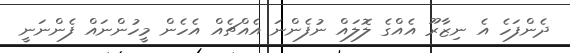
ދެންފަހެ އެ ނިޒާރޫ އެއްގެ ލޮލައް ނުފެންނަ އެއްޗެއް އެހެން މީހުންނައް ފެންނަނީ